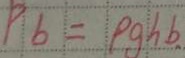
P _ { b } = p g h b